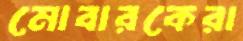
মোবারকেরা